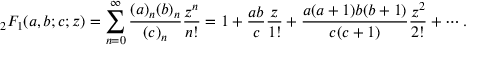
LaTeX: { } _ { 2 } F _ { 1 } ( a , b ; c ; z ) = \sum _ { n = 0 } ^ { \infty } { \frac { ( a ) _ { n } ( b ) _ { n } } { ( c ) _ { n } } } { \frac { z ^ { n } } { n ! } } = 1 + { \frac { a b } { c } } { \frac { z } { 1 ! } } + { \frac { a ( a + 1 ) b ( b + 1 ) } { c ( c + 1 ) } } { \frac { z ^ { 2 } } { 2 ! } } + \cdots .